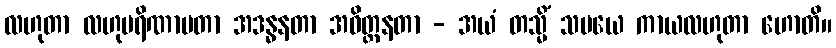
လဟုတာ လဟုပရိဏာမတာ အဒန္ဓနတာ အဝိတ္ထနတာ - အယံ တသ္မိံ သမယေ ကာယလဟုတာ ဟောတိ။